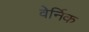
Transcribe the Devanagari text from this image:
वेर्निक